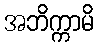
အဘိက္ကာမိ